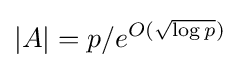
|A|=p/e^{O({\sqrt {\log p}})}